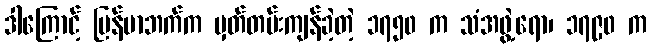
ဒါကြောင့် မြန်မာဘက်က မှတ်တမ်းကျန်ခဲ့တဲ့ ၁၇၅၀ က သံအဖွဲ့ရော၊ ၁၇၉၀ က